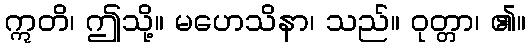
ဣတိ၊ ဤသို့။ မဟေသိနာ၊ သည်။ ဝုတ္တာ၊ ၏။